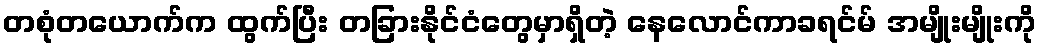
တစုံတယောက်က ထွက်ပြီး တခြားနိုင်ငံတွေမှာရှိတဲ့ နေလောင်ကာခရင်မ် အမျိုးမျိုးကို